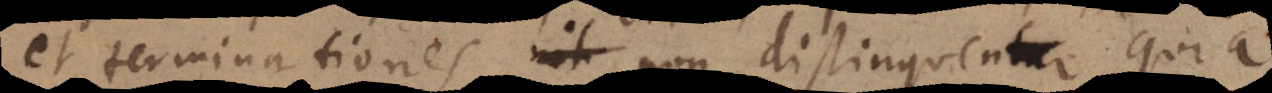
et terminationes non distinguentur, quia